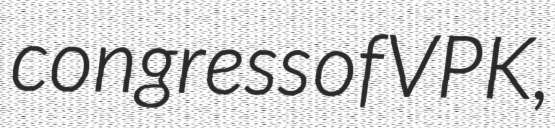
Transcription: congress of VPK,